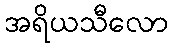
အရိယသီလော